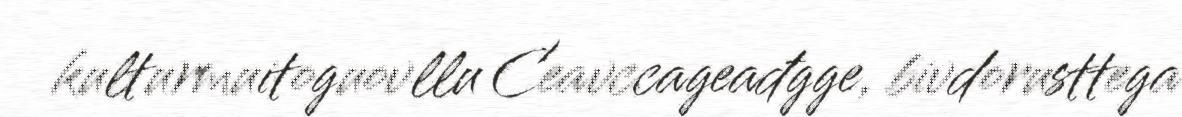
kulturmuitoguovllu Ceavccageađgge, bivdorusttega